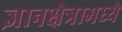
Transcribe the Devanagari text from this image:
ज्ञानक्षेत्रामध्ये